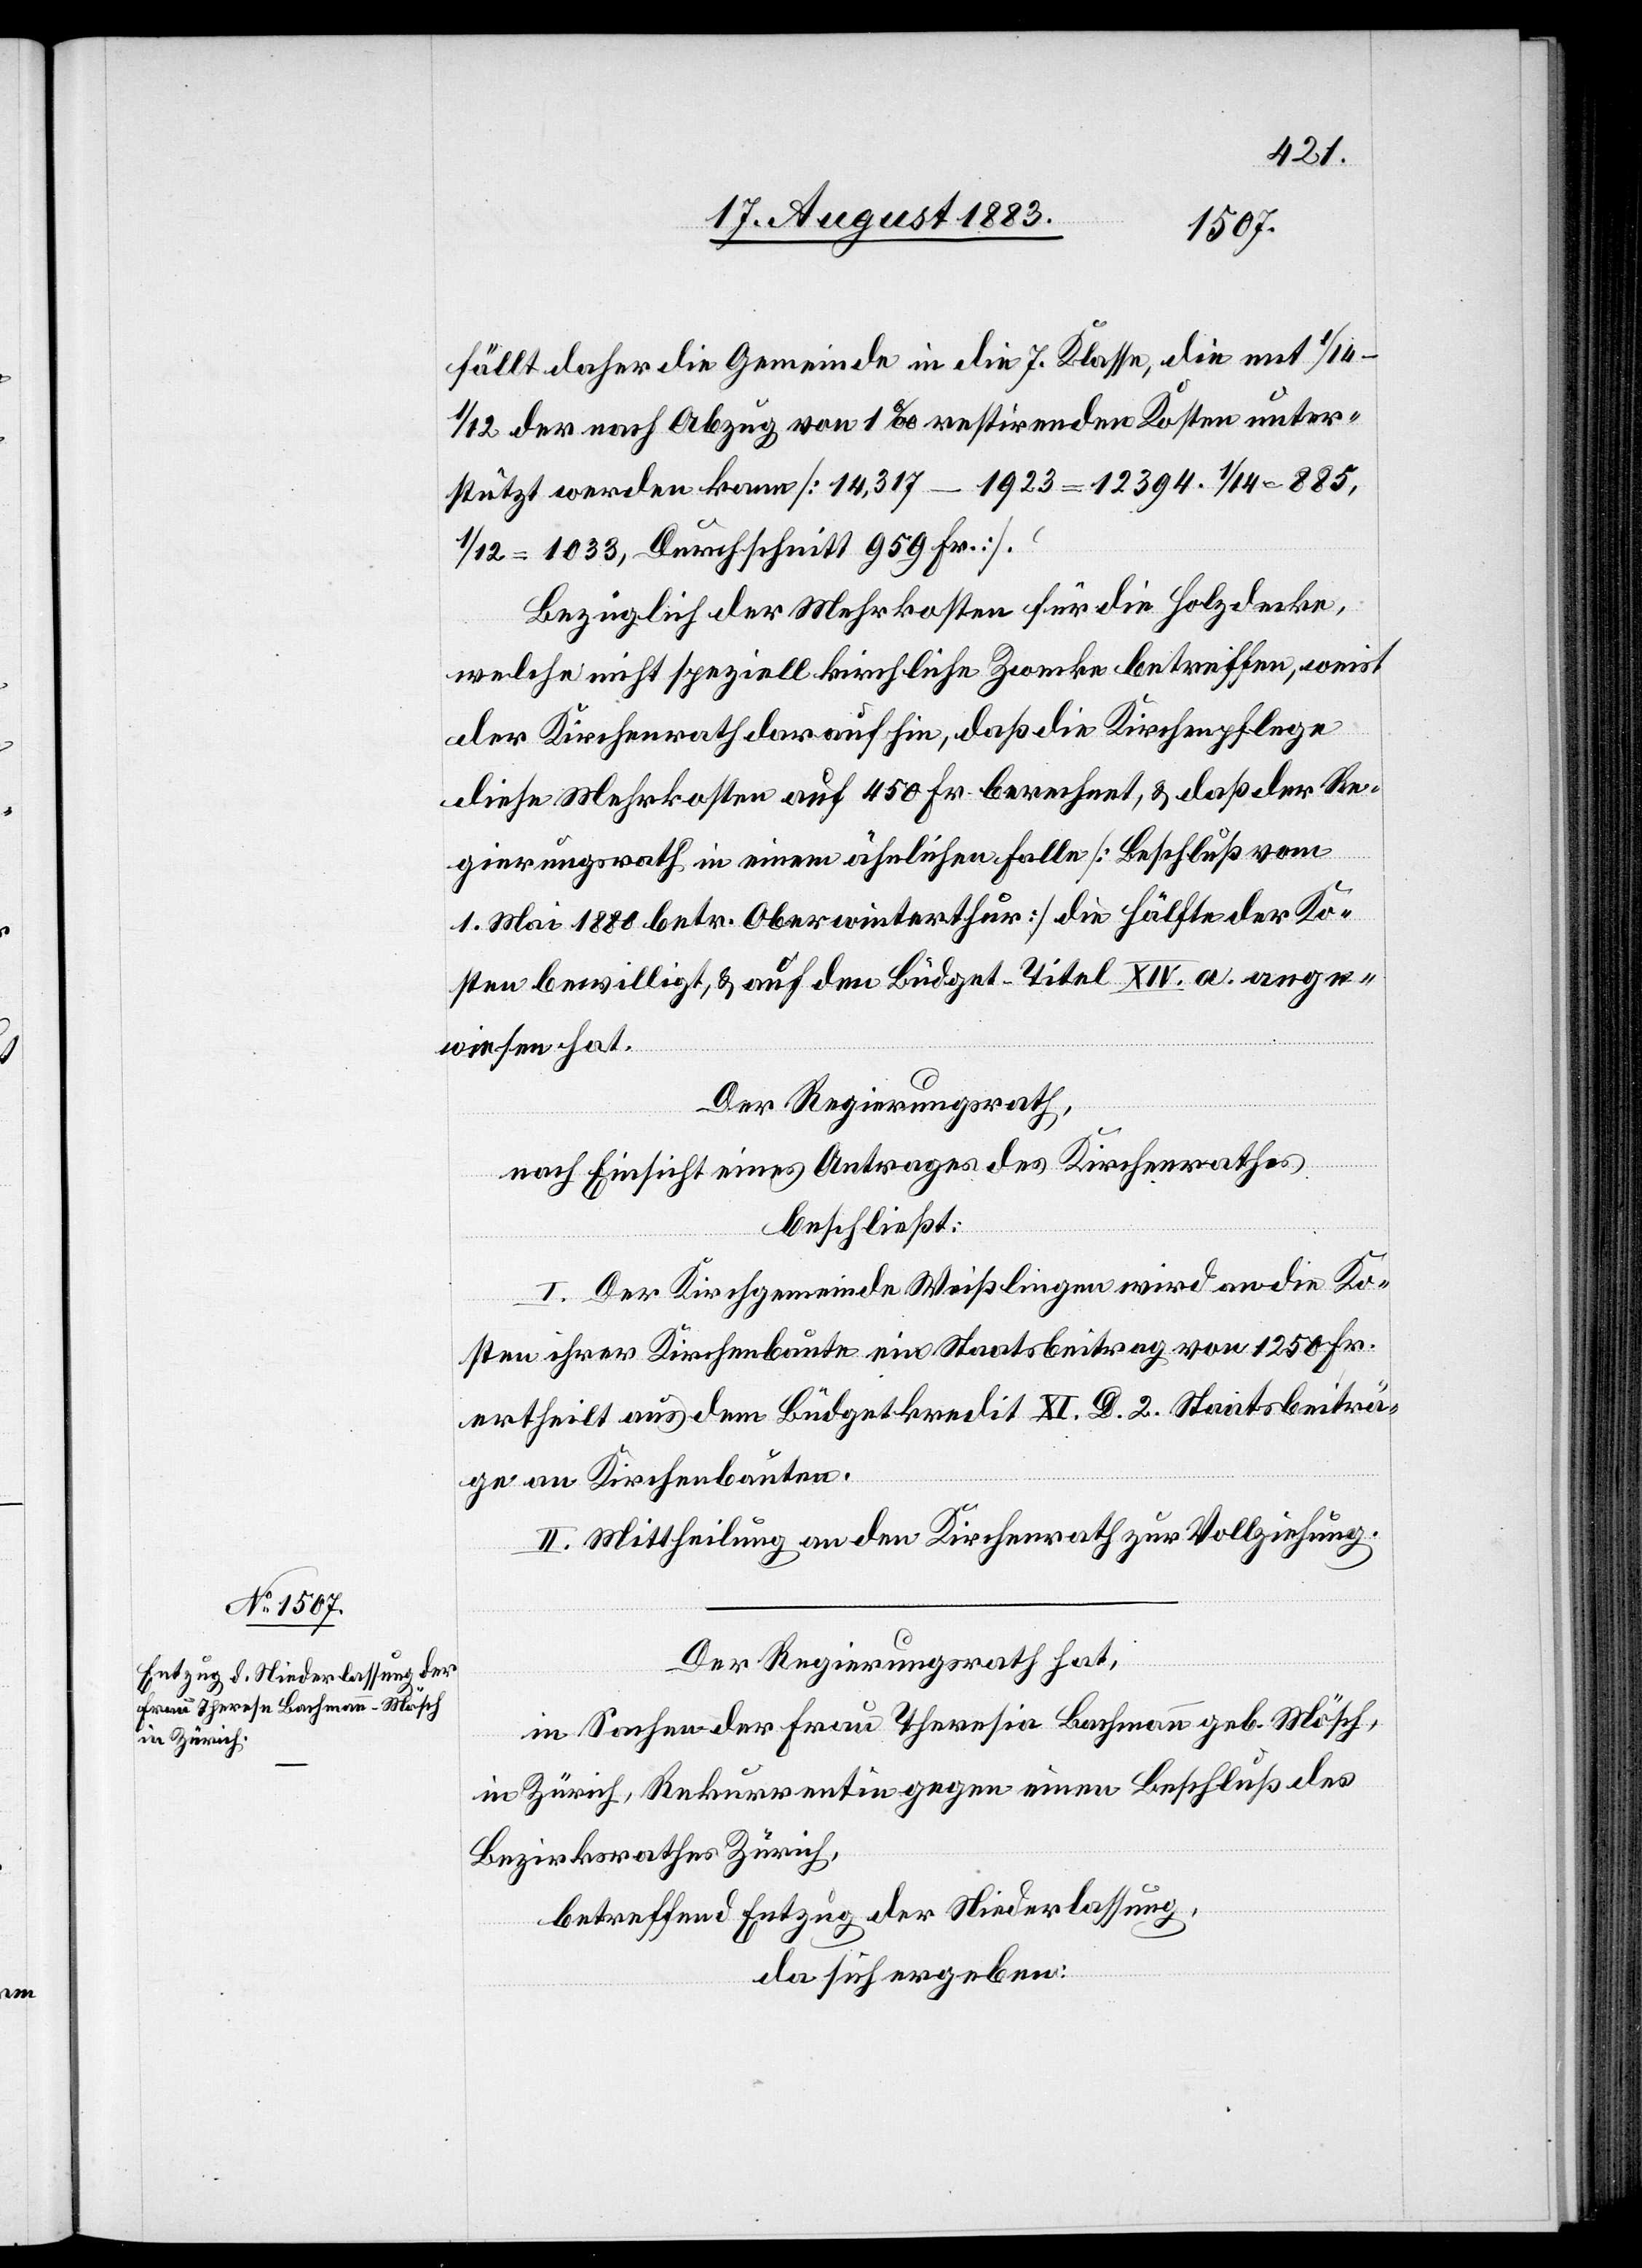
fällt daher die Gemeinde in die 7. Klasse, die mit 1/14–1/12
der nach Abzug von 1‰ restirenden Kosten unter¬
stützt werden kann [14,317 – 1923 = 12 394. 1/14 = 855,
1/12 = 1033, Durchschnitt 959 Fr.]
Bezüglich der Mehrkosten für die Holzdecke,
welche nicht speziell kirchliche Zwecke betreffen, weist
der Kirchenrath darauf hin, daß die Kirchenpflege
diese Mehrkosten auf 450 Fr. berechnet, & daß der Re¬
gierungsrath in einem ähnlichen Falle [Beschluß vom
1. Mai 1880 betr. Oberwinterthur] die Hälfte der Ko¬
sten bewilligt, & auf dem Büdget-Titel XVI. a. ange¬
wiesen hat.
Der Regierungsrath,
nach Einsicht eines Antrages des Kirchenrathes,
beschließt:
I. Der Kirchgemeinde Weißlingen wird an die Ko¬
sten ihrer Kirchenbaute ein Staatsbeitrag von 1250 Fr.
ertheilt aus dem Büdgetkredit XI. D. 2. Staatsbeiträ¬
ge an Kirchenbauten.
II. Mittheilung an den Kirchenrath zur Vollziehung.
Der Regierungsrath hat,
in Sachen der Frau Theresia [sic!] Bachmann geb. Mösch,
in Zürich, Rekurrentin gegen einen Beschluß des
Bezirksrathes Zürich,
betreffend Entzug der Niederlassung,
da sich ergeben: